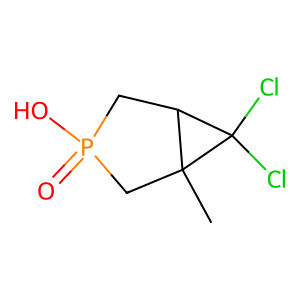
SMILES: CC12CP(=O)(O)CC1C2(Cl)Cl
Inhibits HIV replication: No